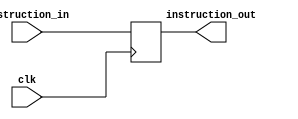
//F/D Buffer 
/*
Buffer between Fetch and Decode Stages
inputs:
  -instruction_in(32 bit):input instruction
  -clk:clock
output:
  -instruction_out(32 bit):output instruction   
*/
module FD_Buffer (instruction_in,clk,instruction_out);
input [15:0]instruction_in;
input clk;
output reg [15:0]instruction_out;

always @(posedge clk)
begin
instruction_out = instruction_in;
end
endmodule